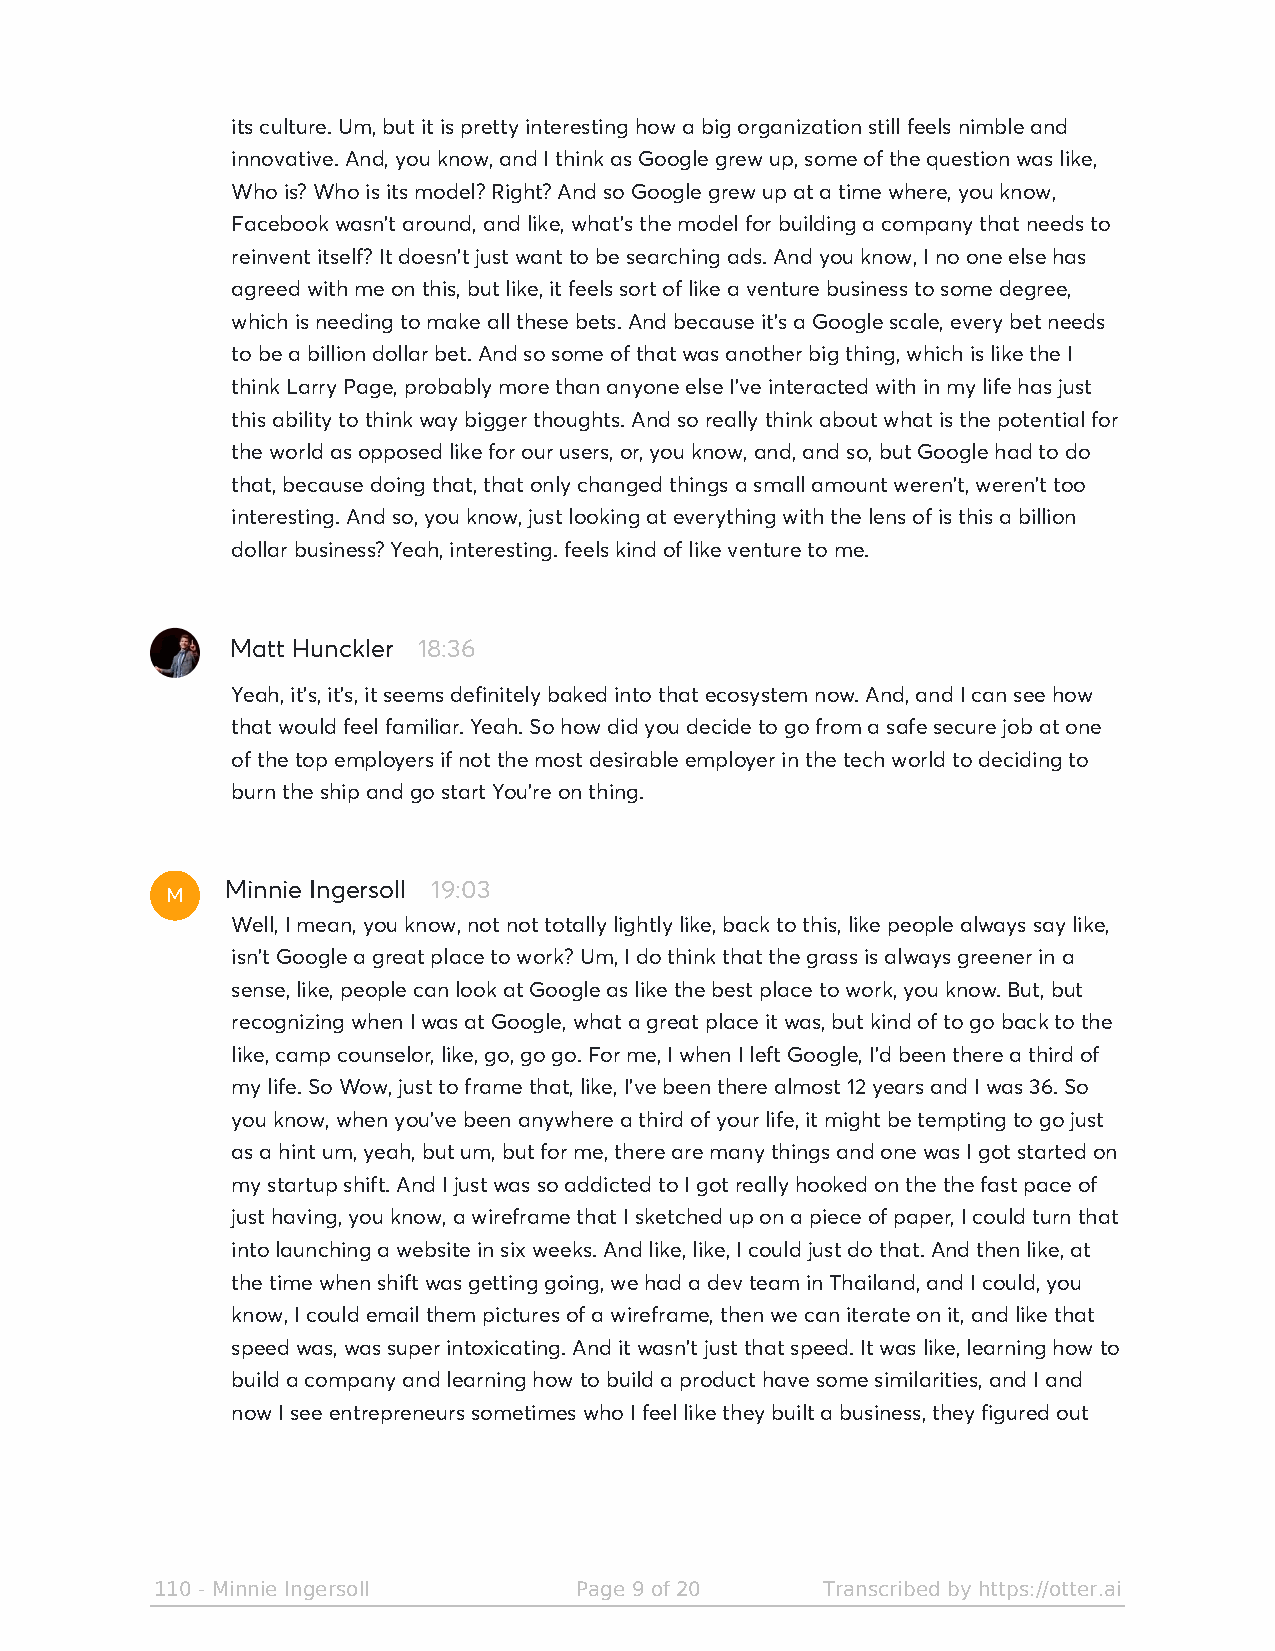
its culture. Um, but it is pretty interesting how a big organization still feels nimble and
 innovative. And, you know, and I think as Google grew up, some of the question was like,
 Who is? Who is its model? Right? And so Google grew up at a time where, you know,
 Facebook wasn't around, and like, what's the model for building a company that needs to
 reinvent itself? It doesn't just want to be searching ads. And you know, I no one else has
 agreed with me on this, but like, it feels sort of like a venture business to some degree,
 which is needing to make all these bets. And because it's a Google scale, every bet needs
 to be a billion dollar bet. And so some of that was another big thing, which is like the I
 think Larry Page, probably more than anyone else I've interacted with in my life has just
 this ability to think way bigger thoughts. And so really think about what is the potential for
 the world as opposed like for our users, or, you know, and, and so, but Google had to do
 that, because doing that, that only changed things a small amount weren't, weren't too
 interesting. And so, you know, just looking at everything with the lens of is this a billion
 dollar business? Yeah, interesting. feels kind of like venture to me.
 Matt Hunckler 18:36
 Yeah, it's, it's, it seems definitely baked into that ecosystem now. And, and I can see how
 that would feel familiar. Yeah. So how did you decide to go from a safe secure job at one
 of the top employers if not the most desirable employer in the tech world to deciding to
 burn the ship and go start You're on thing.
 M
 Minnie Ingersoll 19:03
 Well, I mean, you know, not not totally lightly like, back to this, like people always say like,
 isn't Google a great place to work? Um, I do think that the grass is always greener in a
 sense, like, people can look at Google as like the best place to work, you know. But, but
 recognizing when I was at Google, what a great place it was, but kind of to go back to the
 like, camp counselor, like, go, go go. For me, I when I left Google, I'd been there a third of
 my life. So Wow, just to frame that, like, I've been there almost 12 years and I was 36. So
 you know, when you've been anywhere a third of your life, it might be tempting to go just
 as a hint um, yeah, but um, but for me, there are many things and one was I got started on
 my startup shift. And I just was so addicted to I got really hooked on the the fast pace of
 just having, you know, a wireframe that I sketched up on a piece of paper, I could turn that
 into launching a website in six weeks. And like, like, I could just do that. And then like, at
 the time when shift was getting going, we had a dev team in Thailand, and I could, you
 know, I could email them pictures of a wireframe, then we can iterate on it, and like that
 speed was, was super intoxicating. And it wasn't just that speed. It was like, learning how to
 build a company and learning how to build a product have some similarities, and I and
 now I see entrepreneurs sometimes who I feel like they built a business, they figured out
 110 - Minnie Ingersoll      Page 9 of 20    Transcribed by https://otter.ai